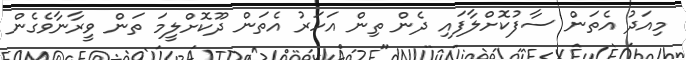
މިއަދު އެތަން ސާފުކޮށްލާފައި ދެން ތިން އަހަރު އެތަން ދޫކޮށްލީމަ ތަން ވީރާނާވެގެން